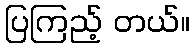
ပြကြည့် တယ်။